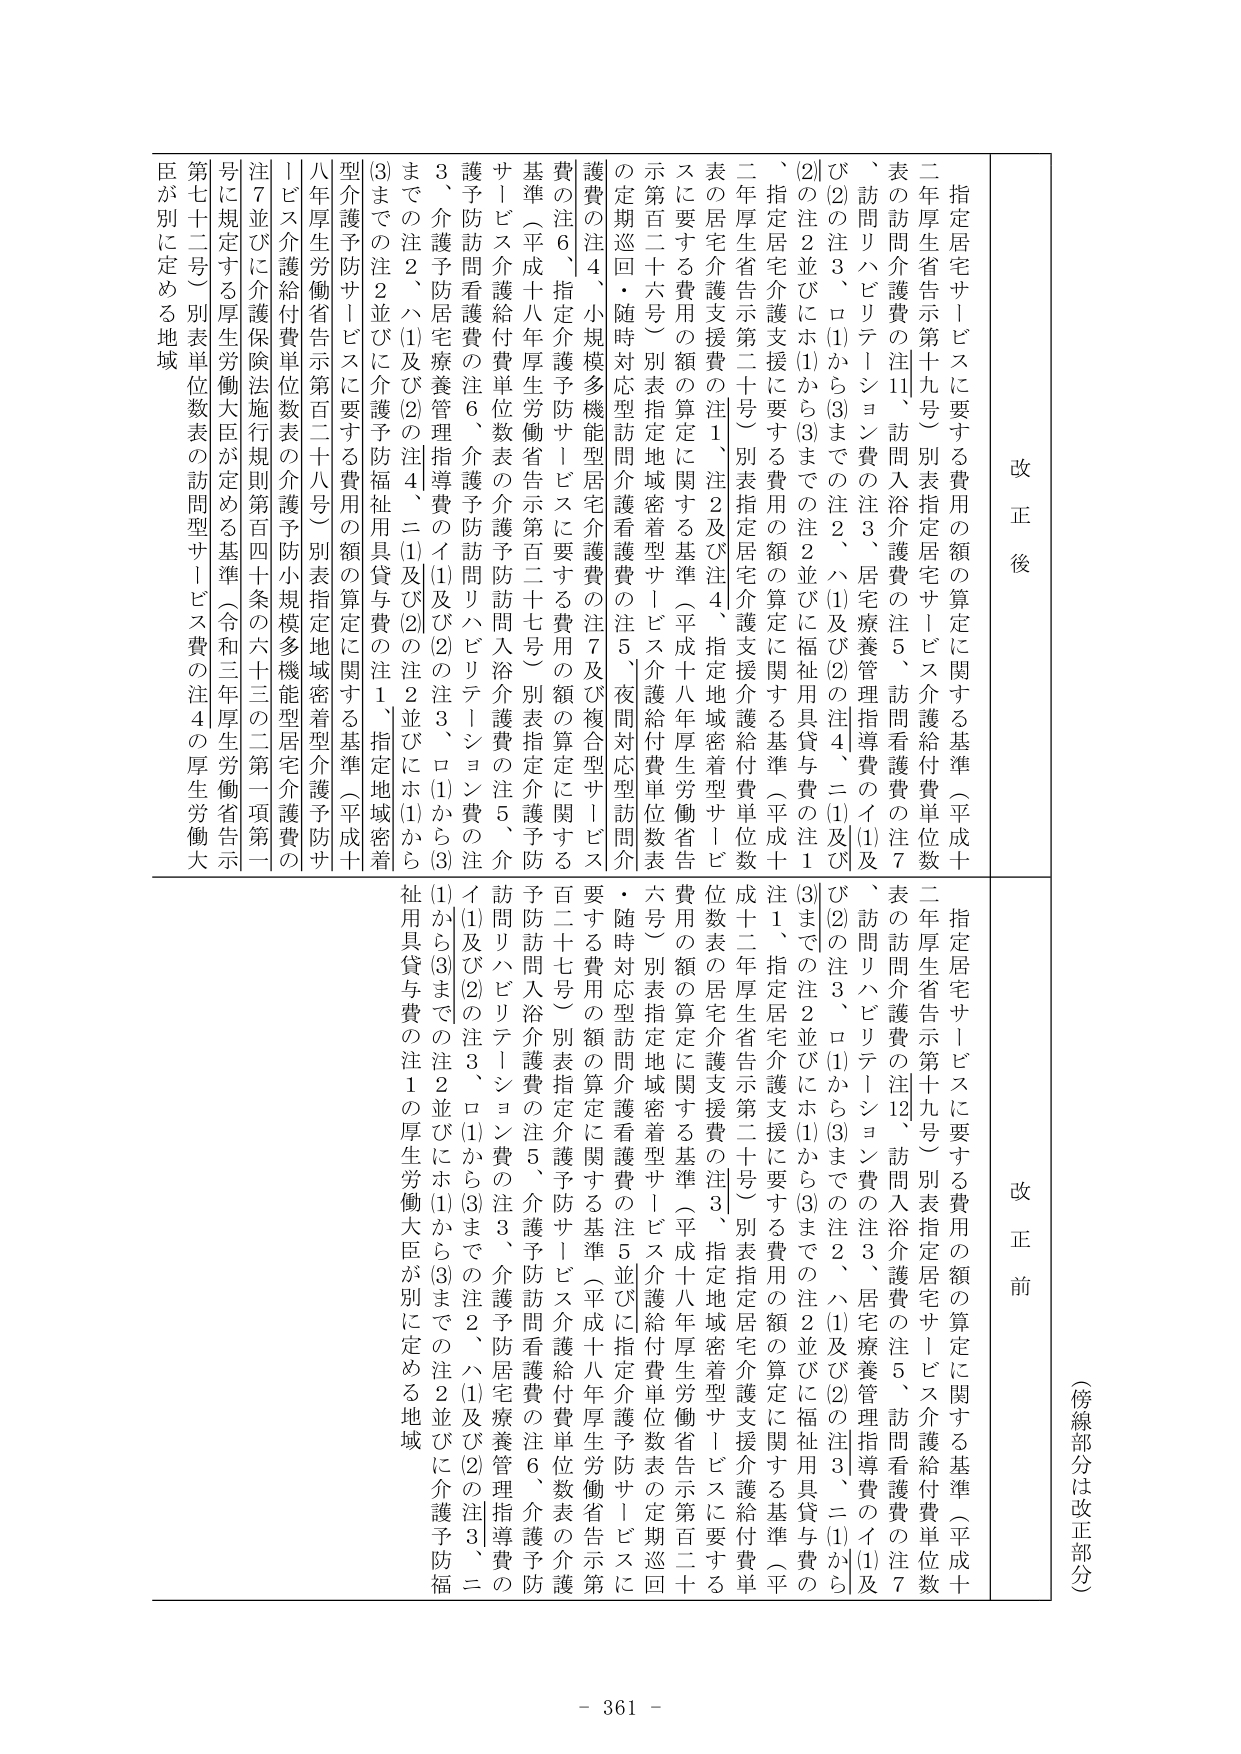
（傍線部分は改正部分）

改正後
指定居宅サービスに要する費用の額の算定に関する基準（平成十二年厚生省告示第十九号）別表指定居宅サービス介護給付費単位数表の訪問介護費の注11、訪問入浴介護費の注5、訪問看護費の注7、訪問リハビリテーション費の注3、居宅療養管理指導費のイ(1)及び(2)の注3、ロ(1)から(3)までの注2、ハ(1)及び(2)の注4、ニ(1)及び(2)の注2並びにホ(1)から(3)までの注2並びに福祉用具貸与費の注1、指定居宅介護支援に要する費用の額の算定に関する基準（平成十二年厚生省告示第二十号）別表指定居宅介護支援介護給付費単位数表の居宅介護支援費の注1、注2及び注4、指定地域密着型サービスに要する費用の額の算定に関する基準（平成十八年厚生労働省告示第百二十六号）別表指定地域密着型サービス介護給付費単位数表の定期巡回・随時対応型訪問介護看護費の注5、夜間対応型訪問介護費の注4、小規模多機能型居宅介護費の注7及び複合型サービス基準（平成十八年厚生労働省告示第百二十七号）別表指定介護予防サービス介護給付費単位数表の介護予防訪問入浴介護費の注5、介護予防訪問看護費の注6、介護予防訪問リハビリテーション費の注3、介護予防居宅療養管理指導費のイ(1)及び(2)の注3、ロ(1)から(3)までの注2、ハ(1)及び(2)の注4、ニ(1)及び(2)の注2並びにホ(1)から(3)までの注2並びに介護予防福祉用具貸与費の注1、指定地域密着型介護予防サービスに要する費用の額の算定に関する基準（平成十八年厚生労働省告示第百二十八号）別表指定地域密着型介護予防サービス介護給付費単位数表の介護予防小規模多機能型居宅介護費の注7並びに介護保険法施行規則第百四十条の六十三の二第一項第一号に規定する厚生労働大臣が定める基準（令和三年厚生労働省告示第七十二号）別表単位数表の訪問型サービス費の注4の厚生労働大臣が別に定める地域

改正前
指定居宅サービスに要する費用の額の算定に関する基準（平成十二年厚生省告示第十九号）別表指定居宅サービス介護給付費単位数表の訪問介護費の注12、訪問入浴介護費の注5、訪問看護費の注7、訪問リハビリテーション費の注3、居宅療養管理指導費のイ(1)及び(2)の注3、ロ(1)から(3)までの注2、ハ(1)及び(2)の注3、ニ(1)から(3)までの注2並びにホ(1)から(3)までの注2並びに福祉用具貸与費の注1、指定居宅介護支援に要する費用の額の算定に関する基準（平成十二年厚生省告示第二十号）別表指定居宅介護支援介護給付費単位数表の居宅介護支援費の注3、指定地域密着型サービスに要する費用の額の算定に関する基準（平成十八年厚生労働省告示第百二十六号）別表指定地域密着型サービス介護給付費単位数表の定期巡回・随時対応型訪問介護看護費の注5並びに指定介護予防サービスに要する費用の額の算定に関する基準（平成十八年厚生労働省告示第百二十七号）別表指定介護予防サービス介護給付費単位数表の介護予防訪問入浴介護費の注5、介護予防訪問看護費の注6、介護予防訪問リハビリテーション費の注3、介護予防居宅療養管理指導費のイ(1)及び(2)の注3、ロ(1)から(3)までの注2、ハ(1)及び(2)の注3、ニ(1)から(3)までの注2並びにホ(1)から(3)までの注2並びに介護予防福祉用具貸与費の注1の厚生労働大臣が別に定める地域

- 361 -